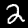
Label: 2